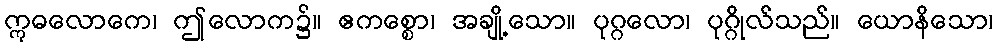
ဣဓလောကေ၊ ဤလောက၌။ ဧကစ္စော၊ အချို့သော။ ပုဂ္ဂလော၊ ပုဂ္ဂိုလ်သည်။ ယောနိသော၊